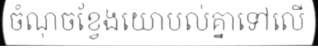
ចំណុចខ្វែងយោបល់គ្នាទៅលើ